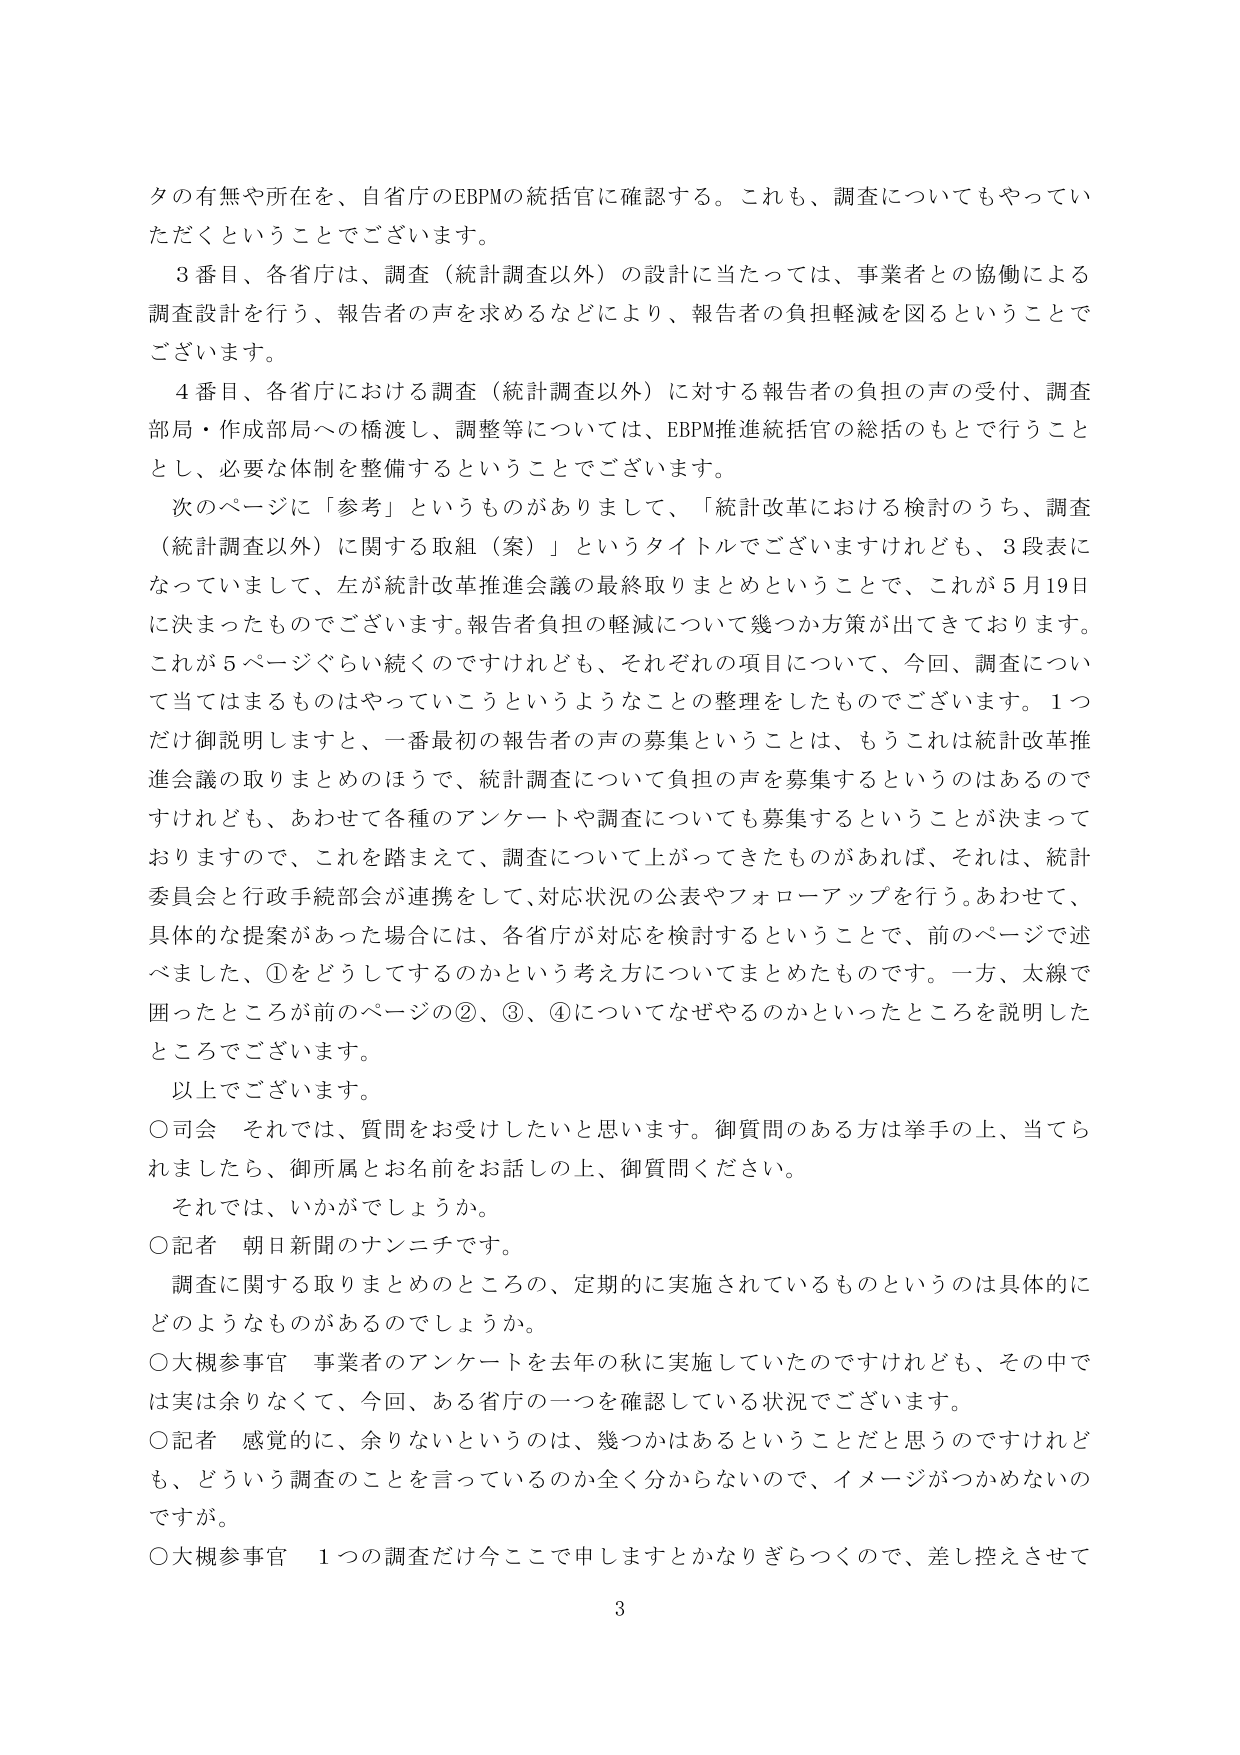
タの有無や所在を、自省庁のEBPMの統括官に確認する。これも、調査についてもやっていただこうということでございます。

３番目、各省庁は、調査（統計調査以外）の設計に当たっては、事業者との協働による調査設計を行う、報告者の声を求めるなどにより、報告者の負担軽減を図ということでございます。

４番目、各省庁における調査（統計調査以外）に対する報告者の負担の声の受付、調査部局・作成部局への橋渡し、調整等については、EBPM推進統括官の総括のもとで行うこととし、必要な体制を整備するということでございます。

次のページに「参考」というものがありまして、「統計改革における検討のうち、調査（統計調査以外）に関する取組（案）」というタイトルでございますけれども、３段表になっていまして、左が統計改革推進会議の最終取りまとめということで、これが５月19日に決まったものでございます。報告者負担の軽減について幾つか方策が出てきております。これが５ページぐらい続くのですけれども、それぞれの項目について、今回、調査について当てはまるものはやっていこうというようなことの整理をしたものでございます。１つだけ御説明しますと、一番最初の報告者の声の募集ということは、もうこれは統計改革推進会議の取りまとめのほうで、統計調査について負担の声を募集するというのはあるのですけれども、あわせて各種のアンケートや調査についても募集するということが決まっておりますので、これを踏まえて、調査について上がってきたものがあれば、それは、統計委員会と行政手続部会が連携をして、対応状況の公表やフォローアップを行う。あわせて、具体的な提案があった場合には、各省庁が対応を検討するということで、前のページで述べました、①をどうしてするのかという考え方についてまとめたものです。一方、太線で囲ったところが前のページの②、③、④についてなぜやるのかといったところを説明したところでございます。

以上でございます。

○司会　それでは、質問をお受けしたいと思います。御質問のある方は挙手の上、当てられましたら、御所属とお名前をお話しの上、御質問ください。

それでは、いかがでしょうか。

○記者　朝日新聞のナンニチです。

調査に関する取りまとめのところの、定期的に実施されているものというのは具体的にどのようなものがあるのでしょうか。

○大槻参事官　事業者のアンケートを去年の秋に実施していたのですけれども、その中では実は余りなくて、今回、ある省庁の一つを確認している状況でございます。

○記者　感覚的に、余りないというのは、幾つかはあるということだと思うのですけれども、どういう調査のことを言っているのか全く分からないので、イメージがつかめないのですが。

○大槻参事官　１つの調査だけ今ここで申しますとかなりぎらつくので、差し控えさせて

3